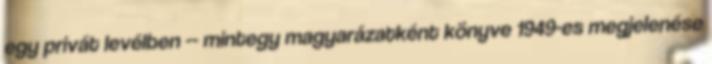
egy privát levélben -- mintegy magyarázatként könyve 1949-es megjelenése